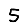
Digit: 5